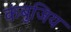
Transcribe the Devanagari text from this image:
कंबुजिय